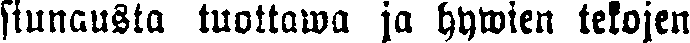
siunausta tuottawa ja hywien tekojen